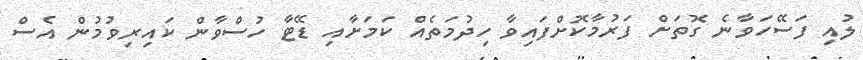
ލުއި ފަސޭހަވާނެ ގޮތަށް ފަރުމާކޮށްފައިވާ ހިދުމަތެއް ކަމަށާއި ޑޭޓާ ހުސްވާން ކައިރިވުމުން އެސް